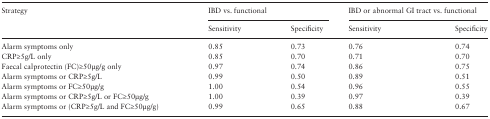
<table><thead><tr><td rowspan="2"><b>Strategy</b></td><td colspan="2"><b>IBD vs. functional</b></td><td colspan="2"><b>IBD or abnormal GI tract vs. functional</b></td></tr><tr><td><b>Sensitivity</b></td><td><b>Specificity</b></td><td><b>Sensitivity</b></td><td><b>Specificity</b></td></tr></thead><tbody><tr><td>Alarm symptoms only</td><td>0.85</td><td>0.73</td><td>0.76</td><td>0.74</td></tr><tr><td>CRP≥5g/L only</td><td>0.85</td><td>0.70</td><td>0.71</td><td>0.70</td></tr><tr><td>Faecal calprotectin (FC)≥50μg/g only</td><td>0.97</td><td>0.74</td><td>0.86</td><td>0.75</td></tr><tr><td>Alarm symptoms or CRP≥5g/L</td><td>0.99</td><td>0.50</td><td>0.89</td><td>0.51</td></tr><tr><td>Alarm symptoms or FC≥50μg/g</td><td>1.00</td><td>0.54</td><td>0.96</td><td>0.55</td></tr><tr><td>Alarm symptoms or CRP≥5g/L or FC≥50μg/g</td><td>1.00</td><td>0.39</td><td>0.97</td><td>0.39</td></tr><tr><td>Alarm symptoms or (CRP≥5g/L and FC≥50μg/g)</td><td>0.99</td><td>0.65</td><td>0.88</td><td>0.67</td></tr></tbody></table>